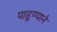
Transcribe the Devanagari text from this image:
पाहुण्याने